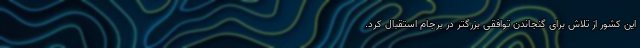
این کشور از تلاش برای گنجاندن توافقی بزرگتر در برجام استقبال کرد.